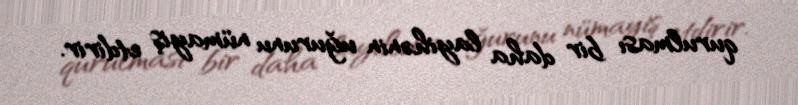
qurulması bir daha layihənin uğurunu nümayiş etdirir.